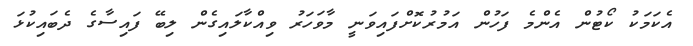
އެކަމަކު ކޯޓުން އެންމެ ފަހުން އަމުރުކޮށްފައިވަނީ މާވަހަރު ވިއްކާލައިގެން ލިބޭ ފައިސާގެ ދެބައިކުޅަ